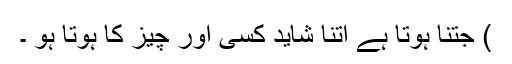
) جتنا ہوتا ہے اتنا شاید کسی اور چيز کا ہوتا ہو ۔